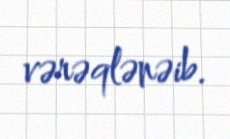
vərəqlənəib.